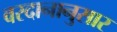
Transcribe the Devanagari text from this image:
वरदानानुसार